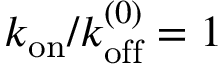
k _ { \mathrm { o n } } / k _ { \mathrm { o f f } } ^ { ( 0 ) } = 1